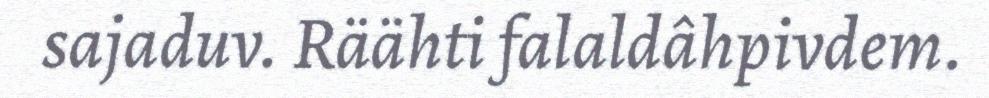
sajaduv. Räähti falaldâhpivdem.